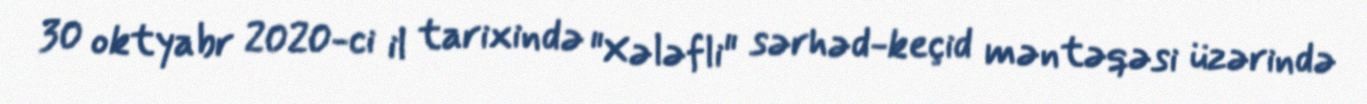
30 oktyabr 2020-ci il tarixində "Xələfli" sərhəd-keçid məntəqəsi üzərində